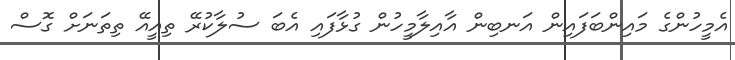
އެމީހުންގެ މައިންބަފައިން އަނބިން އާއިލާމީހުން ގުޅާފައި އެބަ ސުލާކުރޭ ތިއީއޭ ތިތަނަށް ގޮސް